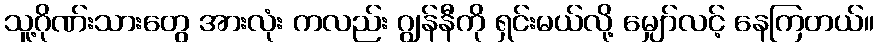
သူ့ဂိုဏ်းသားတွေ အားလုံး ကလည်း ဂျွန်နီကို ရှင်းမယ်လို့ မျှော်လင့် နေကြတယ်။